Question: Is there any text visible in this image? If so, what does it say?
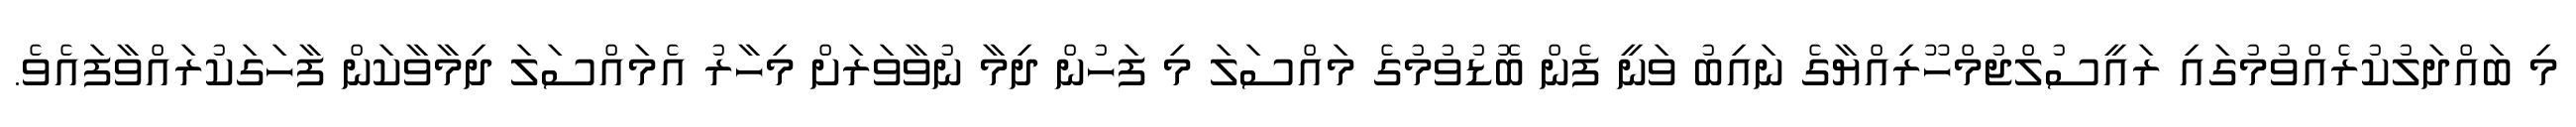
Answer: މި ބައްދަލުކުރެއްވުމުގައި ރައީސުލްޖުމްހޫރިއްޔާގެ ނައިބު ވަނީ ފެން ބޮޑުވުމުގެ މައްސަލަ މި ފަހުން ދިމާ ނުވާވަރަށް މިހާރު އެމައްސަލަ ދިމާވާކަން ފާހަގަކުރައްވާފައެވެ.